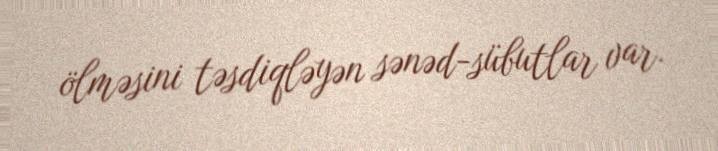
ölməsini təsdiqləyən sənəd-sübutlar var.